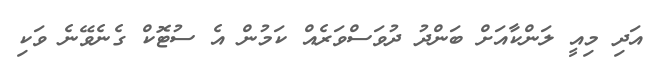
އަދި މިއީ ލަންކާއަށް ބަންދު ދުވަސްވަރެއް ކަމުން އެ ސުޓޮކް ގެނެވޭނެ ވަކި